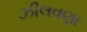
ઝીલવણા